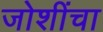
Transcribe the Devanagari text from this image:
जोशींचा